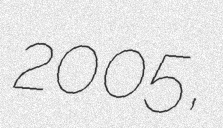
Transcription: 2005,